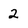
Character: 2